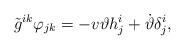
LaTeX: \begin{align*}\tilde{g}^{ik} \varphi_{jk} = -v \vartheta h^i_j + \dot{\vartheta} \delta^i_j,\end{align*}